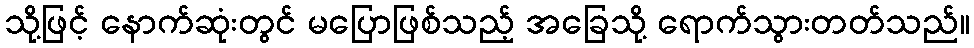
သို့ဖြင့် နောက်ဆုံးတွင် မပြောဖြစ်သည့် အခြေသို့ ရောက်သွားတတ်သည်။